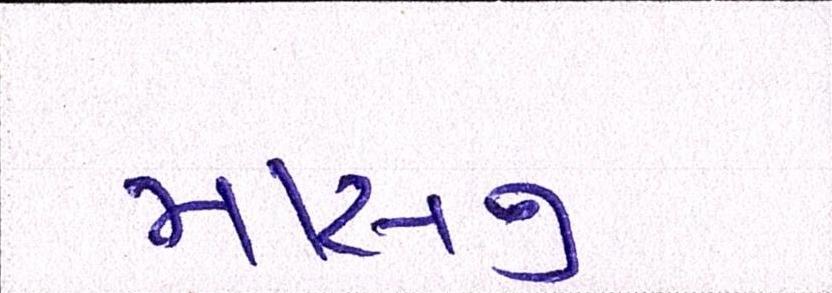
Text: માસનુ